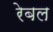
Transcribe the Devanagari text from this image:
रेबल